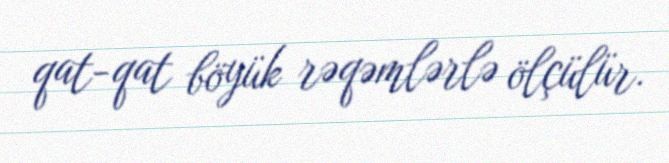
qat-qat böyük rəqəmlərlə ölçülür.